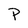
Character: P